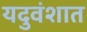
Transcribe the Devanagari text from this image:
यदुवंशात